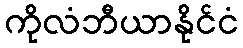
ကိုလံဘီယာနိုင်ငံ